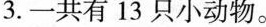
3.一共有13只小动物。